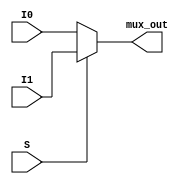
module mux_input_pu(input I0,I1,S, output reg mux_out);

always @(*) begin
   
    if(S)
        mux_out = I1;
    else
        mux_out = I0;
end
                
endmodule